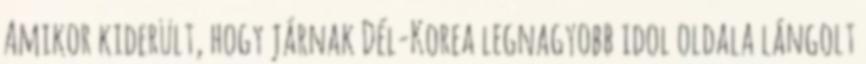
Amikor kiderült, hogy járnak Dél-Korea legnagyobb idol oldala lángolt